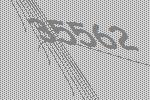
35562